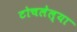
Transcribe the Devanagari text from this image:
टोचलेल्या